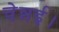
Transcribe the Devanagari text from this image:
चेन्नई।